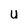
Character: U